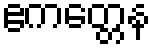
ဧကတ္တေန